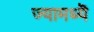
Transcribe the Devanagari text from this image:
ज्यामध्यॆ